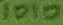
Text: 1010